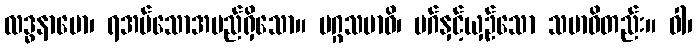
လဒ္ဓနာမော၊ ရအပ်သောအမည်ရှိသော။ မဂ္ဂသမာဓိ၊ မဂ်နှင့်ယှဉ်သော သမာဓိတည်း။ ဝါ၊